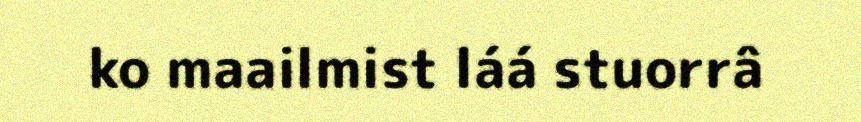
ko maailmist láá stuorrâ